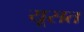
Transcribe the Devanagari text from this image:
यूसत